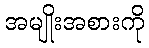
အမျိုးအစားကို